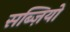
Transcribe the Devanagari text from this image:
सब्ज़ियो